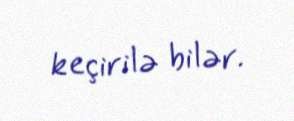
keçirilə bilər.